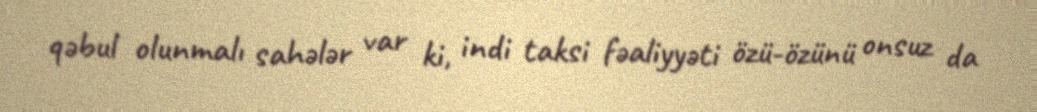
qəbul olunmalı sahələr var ki, indi taksi fəaliyyəti özü-özünü onsuz da